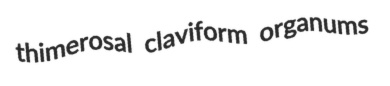
thimerosal claviform organums